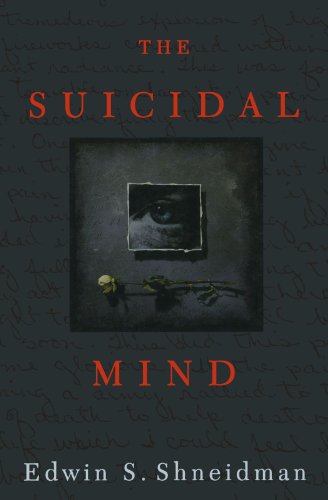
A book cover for The Suicidal Mind; Edwin S. Shneidman; Self-Help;